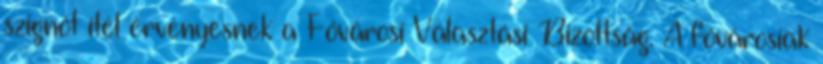
szignót ítél érvényesnek a Fővárosi Választási Bizottság. A fővárosiak